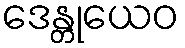
ဒေန္တုယေဝ